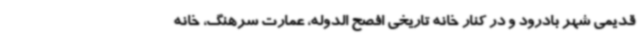
قدیمی شهر بادرود و در کنار خانه تاریخی افصح الدوله، عمارت سرهنگ، خانه